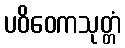
ပဝိဝေကသုတ္တံ